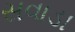
સવાડા